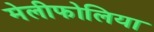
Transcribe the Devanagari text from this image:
मेलीफोलिया